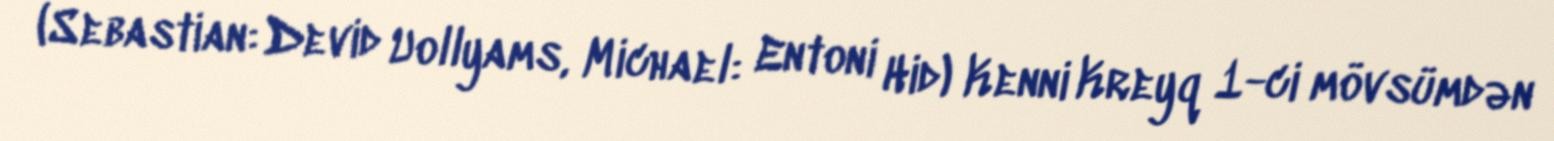
(Sebastian: Devid Uollyams, Michael: Entoni Hid) Kenni Kreyq 1-ci mövsümdən